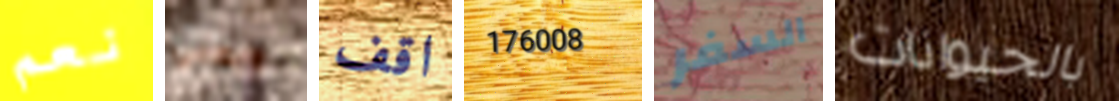
نعم ويعني اقف 176008 السفر بالحيوانات